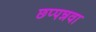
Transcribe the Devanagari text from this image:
छप्पन्नवा